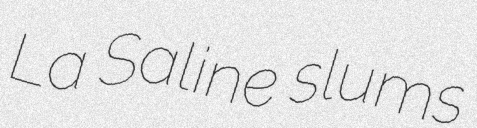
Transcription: La Saline slums